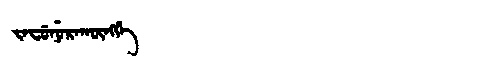
Manchu: ᠵᠠᠸᡠᠨᡠᡵᠠᡴᡡᠩᡤᡝ
Romanization: JAFUNURAKŪNGGE